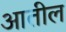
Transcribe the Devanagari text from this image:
अातील